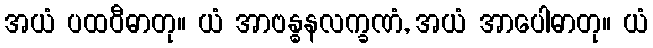
အယံ ပထဝီဓာတု။ ယံ အာဗန္ဓနလက္ခဏံ, အယံ အာပေါဓာတု။ ယံ